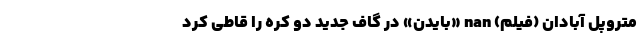
متروپل آبادان (فیلم) nan «بایدن» در گاف جدید دو کُره را قاطی کرد